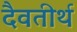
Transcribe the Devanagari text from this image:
दैवतीर्थ